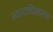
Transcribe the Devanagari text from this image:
न्‍यायधिकरण